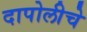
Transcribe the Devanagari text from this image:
दापोलीचे